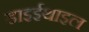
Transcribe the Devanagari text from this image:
डाइईथाइल